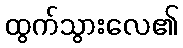
ထွက်သွားလေ၏